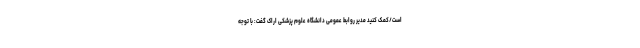
است/کمک کنید مدیر روابط عمومی دانشگاه علوم پزشکی اراک گفت: با توجه